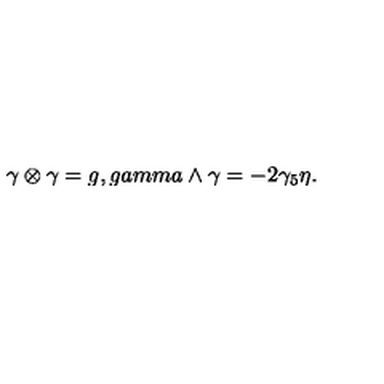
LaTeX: \gamma \otimes \gamma = g , g a m m a \wedge \gamma = - 2 \gamma _ { 5 } \eta .